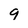
Character: 9